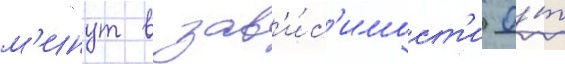
м'инут в зав'и́с'имост'и о́т